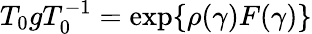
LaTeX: T_{0}gT_{0}^{-1}=\exp\{ \rho(\gamma)F(\gamma)\}